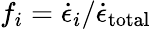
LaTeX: f_{i}=\dot{\epsilon}_{i}/\dot{\epsilon}_{\mathrm{total}}